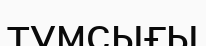
тумсығы